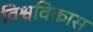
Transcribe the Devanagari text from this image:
विश्वविकास